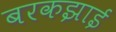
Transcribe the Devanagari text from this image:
बरकझाई